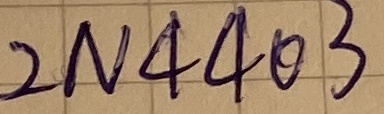
Text: 2N4403